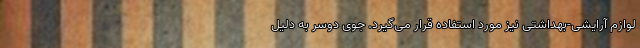
لوازم آرایشی-بهداشتی نیز مورد استفاده قرار می‌گیرد. جوی دوسر به دلیل